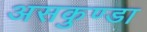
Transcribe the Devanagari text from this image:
असकुण्डा